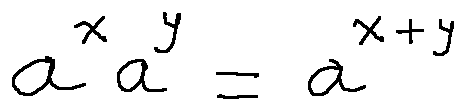
a ^ { x } a ^ { y } = a ^ { x + y }